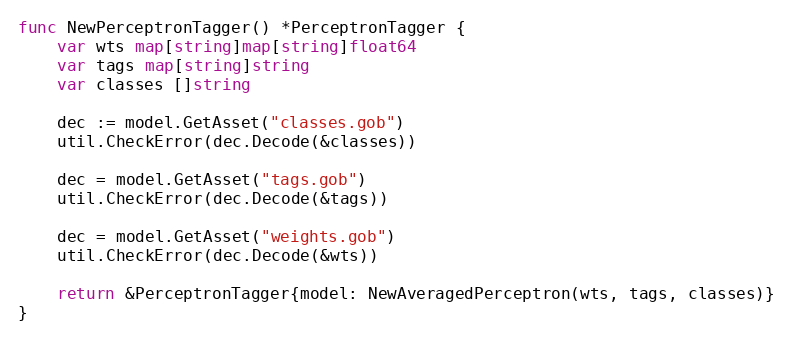
Language: Go
func NewPerceptronTagger() *PerceptronTagger {
	var wts map[string]map[string]float64
	var tags map[string]string
	var classes []string

	dec := model.GetAsset("classes.gob")
	util.CheckError(dec.Decode(&classes))

	dec = model.GetAsset("tags.gob")
	util.CheckError(dec.Decode(&tags))

	dec = model.GetAsset("weights.gob")
	util.CheckError(dec.Decode(&wts))

	return &PerceptronTagger{model: NewAveragedPerceptron(wts, tags, classes)}
}